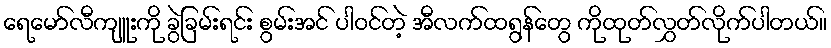
ရေမော်လီကျူးကို ခွဲခြမ်းရင်း စွမ်းအင် ပါဝင်တဲ့ အီလက်ထရွန်တွေ ကိုထုတ်လွှတ်လိုက်ပါတယ်။